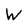
Character: W